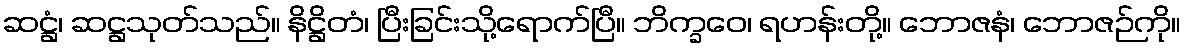
ဆဋ္ဌံ၊ ဆဋ္ဌသုတ်သည်။ နိဋ္ဌိတံ၊ ပြီးခြင်းသို့ရောက်ပြီ။ ဘိက္ခဝေ၊ ရဟန်းတို့။ ဘောဇနံ၊ ဘောဇဉ်ကို။